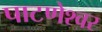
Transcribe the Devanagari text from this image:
पाटणेश्वर